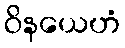
ဝိနယေဟံ